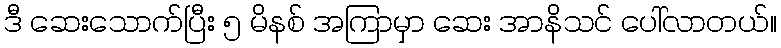
ဒီ ဆေးသောက်ပြီး ၅ မိနစ် အကြာမှာ ဆေး အာနိသင် ပေါ်လာတယ်။